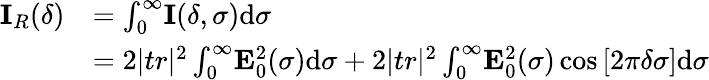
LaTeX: \begin{array}{rl}{\mathbf{I}_{R}(\delta)}&{=\int_{0}^{\infty}\! \mathbf{I}(\delta,\sigma)\mathrm{d}\sigma}\\ &{=2|tr|^{2}\int_{0}^{\infty}\! \mathbf{E}_{0}^{2}(\sigma)\mathrm{d}\sigma+2|tr|^{2}\int_{0}^{\infty}\! \mathbf{E}_{0}^{2}(\sigma)\cos{[2\pi\delta\sigma]}\mathrm{d}\sigma}\end{array}